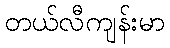
တယ်လီကျန်းမာ